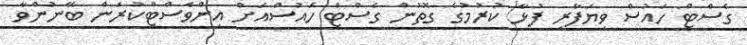
ގެސްޓް ހައުސް ވިޔަފާރި ފުޅާ ކުރުމުގެ ގޮތުން ގެސްޓް ހައުސްއަށް އިންވެސްޓްކުރަން ބޭނުންވާ